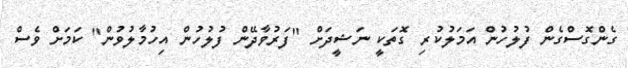
ގެންގޮސްގެން ފުލުހުން އަމަލުކުރި ގޮތަކީ ނަޝީދަށް "ފަރުވާދޭން ފުލުހުން އިހުމާލުވުން" ކަމަށް ވެސް